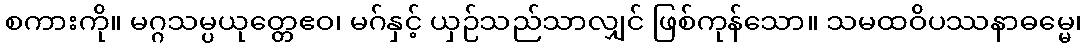
စကားကို။ မဂ္ဂသမ္ပယုတ္တေဧဝ၊ မဂ်နှင့် ယှဉ်သည်သာလျှင် ဖြစ်ကုန်သော။ သမထဝိပဿနာဓမ္မေ၊